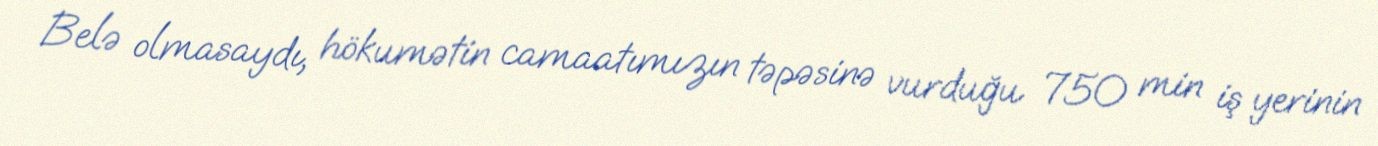
Belə olmasaydı, hökumətin camaatımızın təpəsinə vurduğu 750 min iş yerinin